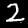
Digit: 2